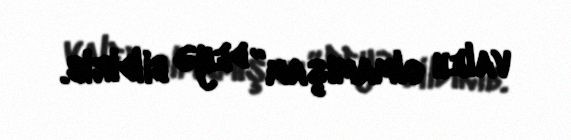
valeh olmamışam” deyə bildirib.